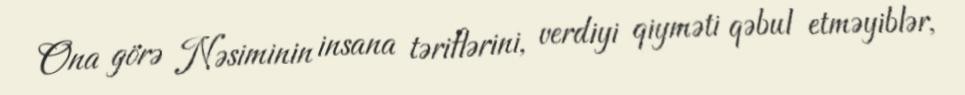
Ona görə Nəsiminin insana təriflərini, verdiyi qiyməti qəbul etməyiblər,